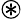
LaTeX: \circledast